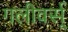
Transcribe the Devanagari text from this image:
गलीवर्स्